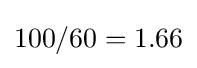
100/60=1.66